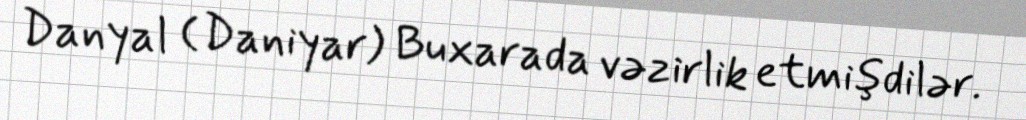
Danyal (Daniyar) Buxarada vəzirlik etmişdilər.